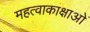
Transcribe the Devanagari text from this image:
महत्वाकाक्षाओं